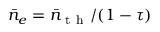
\bar { n } _ { e } = \bar { n } _ { \mathrm { ~ t ~ h ~ } } / ( 1 - \tau )